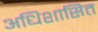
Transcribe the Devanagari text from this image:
अधिशासित